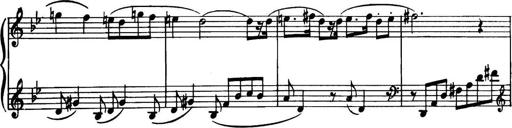
Title: Piano Sonatina in G minor
Composer: John Blackwood McEwen
Key: G minor